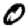
Digit: 0